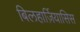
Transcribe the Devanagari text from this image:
बिलहार्ज़ियासिस